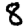
Digit: 8